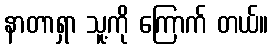
နာတာရှာ သူ့ကို ကြောက် တယ်။